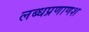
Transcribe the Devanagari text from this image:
लब्धप्रणाणश